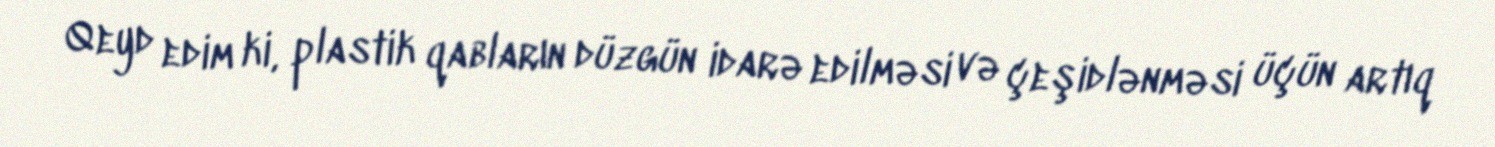
Qeyd edim ki, plastik qabların düzgün idarə edilməsi və çeşidlənməsi üçün artıq